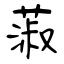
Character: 蔋